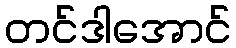
တင်ဒါအောင်